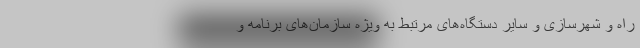
راه و شهرسازی و سایر دستگاه‌های مرتبط به ویژه سازمان‌های برنامه و